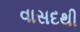
વાસદથી